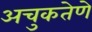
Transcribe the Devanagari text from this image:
अचुकतेणे